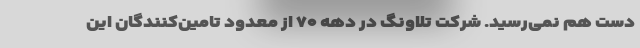
دست هم نمی‌رسید. شرکت تلاونگ در دهه ۷۰ از معدود تامین‌کنندگان این